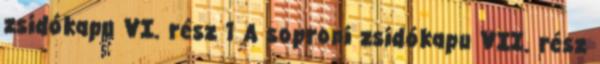
zsidókapu VI. rész 1 A soproni zsidókapu VII. rész